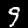
Digit: 9